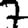
Digit: 7